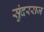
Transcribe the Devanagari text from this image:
सुंदरराज